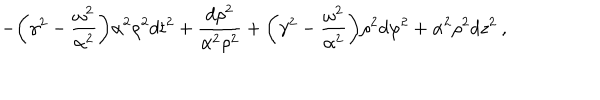
- { \biggl ( } \gamma ^ { 2 } - \frac { \omega ^ { 2 } } { \alpha ^ { 2 } } { \biggr ) } \alpha ^ { 2 } \rho ^ { 2 } d t ^ { 2 } + \frac { d \rho ^ { 2 } } { \alpha ^ { 2 } \rho ^ { 2 } } + { \biggl ( } \gamma ^ { 2 } - \frac { \omega ^ { 2 } } { \alpha ^ { 2 } } { \biggr ) } \rho ^ { 2 } d \varphi ^ { 2 } + \alpha ^ { 2 } \rho ^ { 2 } d z ^ { 2 } \: ,